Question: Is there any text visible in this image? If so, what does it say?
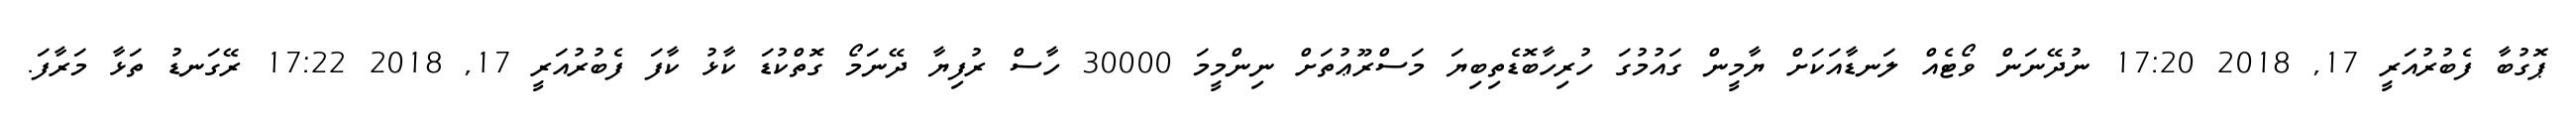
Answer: ޕޮގުބާ ފެބުރުއަރީ 17, 2018 17:20 ނުދޭނަން ވޯޓެއް ލަނޑާއަކަށް ޔާމީން ގައުމުގަ ހުރިހާބޮޑެތިބިޔަ މަސްރޫޢުތަށް ނިންމީމަ 30000 ހާސް ރުފިޔާ ދޭނަމޯ ގޮތްކުޑަ ކާޅު ކާފަ ފެބުރުއަރީ 17, 2018 17:22 ރޭގަނޑު ތަޅާ މަރާފަ.